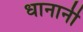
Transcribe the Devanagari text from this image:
धानानी